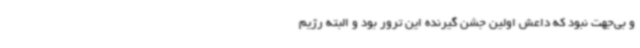
و بی‌جهت نبود که داعش اولین جشن گیرنده این ترور بود و البته رژیم